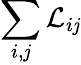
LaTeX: \sum_{i,\mathit{j}}\mathcal{{L}}_{i\mathit{j}}